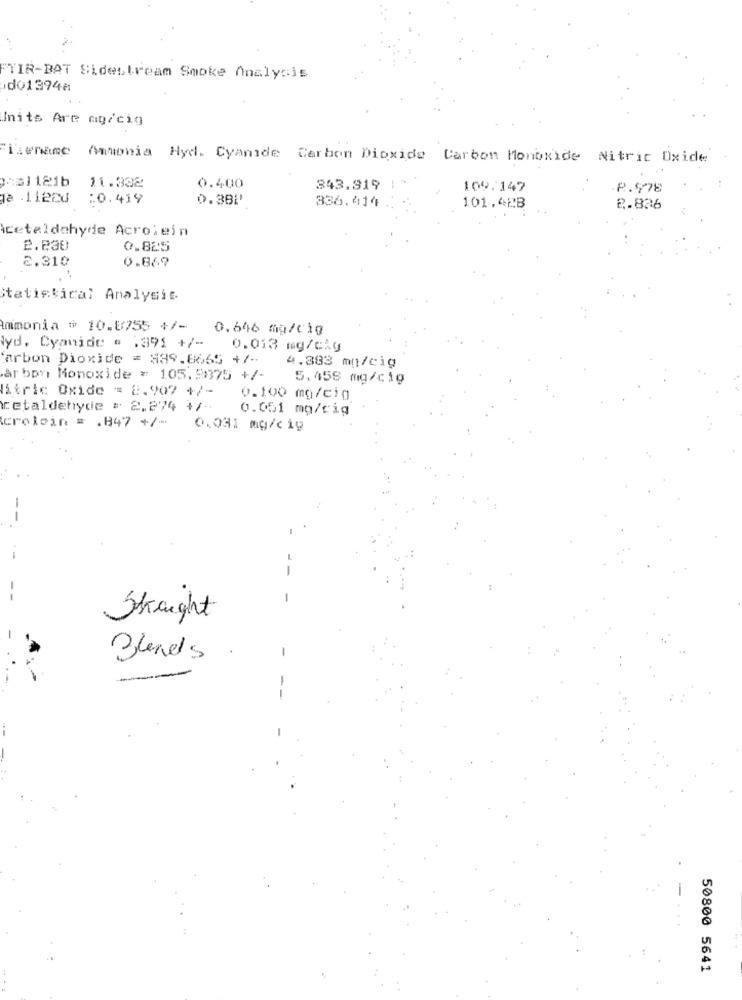
"TIR-BAT Sidestream Smoke Analysis
do1394a
Units Are mg/cig
Filename Ammonia Hyd. Cyanide Carbon Dioxide Carbon Monoxide Nitric Oxide
2:61121b
11.302
0.400
343.919
109.147
8.978
Ja - 11220
:0.419
0.38₽'
336.414
101.423
2.836
icetaldehyde Acrolein
2.230
0.825
2.310
0.869
Statistical Analysis
ammonia # 10.0755 +/-
0.646 mg/cig
lyd. Cyanide @ .391 +/-
0.013 mg/cig
arbon Dioxide = 389.8665 +/-
4.383 mn/cig
arbon Monoxide = 105.93375 +/-
5.458 mg/cig
litric Oxide = 2.907 +/-
0.100 mg/cig
cetaldehyde : 2.274 +/-
0.051 mg/cig
crolein = . 847 +/- 0.031 mg/cig
Straight
Blends
-
-
50800 5641